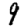
Digit: 9